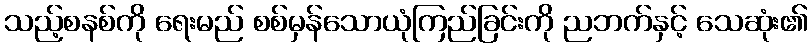
သည့်စနစ်ကို ရေးမည် စစ်မှန်သောယုံကြည်ခြင်းကို ညဘက်နှင့် သေဆုံး၏